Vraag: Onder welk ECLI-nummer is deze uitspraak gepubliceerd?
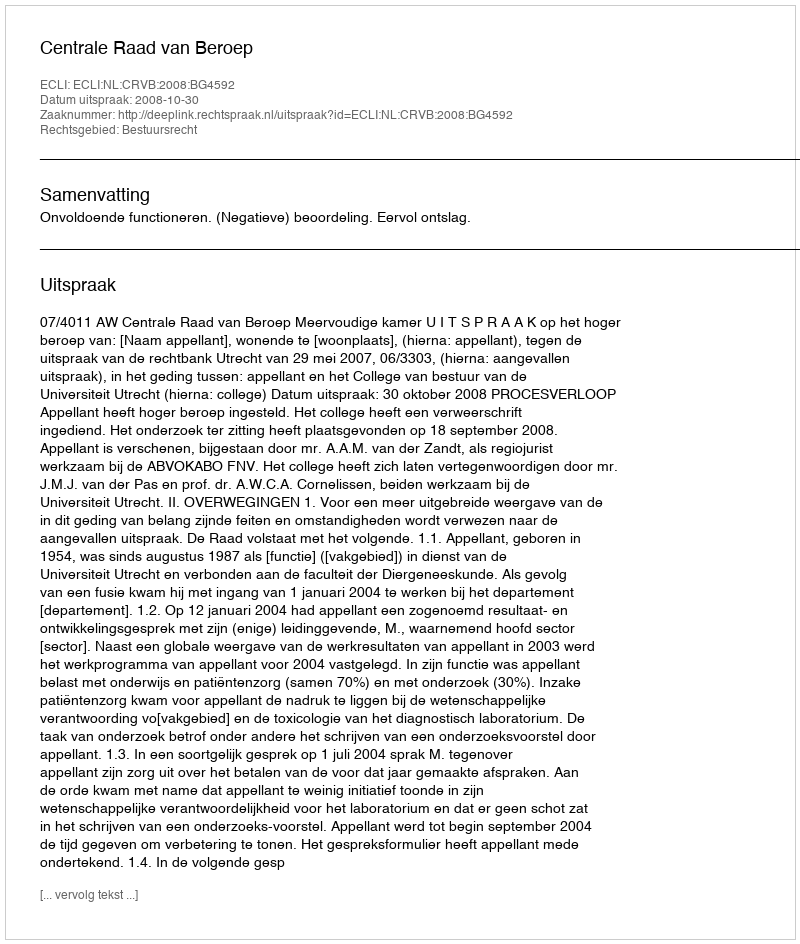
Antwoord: ECLI:NL:CRVB:2008:BG4592